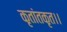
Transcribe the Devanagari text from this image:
कृतांतकृत।।